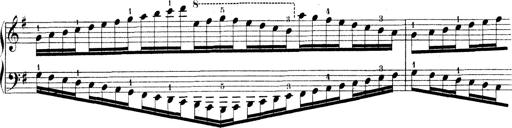
Title: Technische Studien
Composer: Franz Liszt